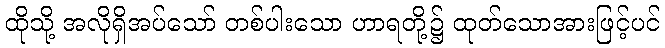
ထိုသို့ အလိုရှိအပ်သော် တစ်ပါးသော ဟာရတို့၌ ထုတ်သောအားဖြင့်ပင်